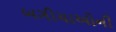
બગીચાઓની